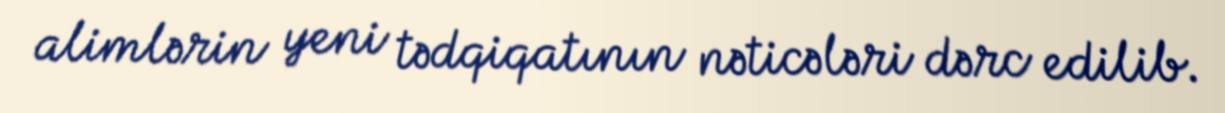
alimlərin yeni tədqiqatının nəticələri dərc edilib.